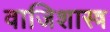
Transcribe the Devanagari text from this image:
वाजिशास्त्र